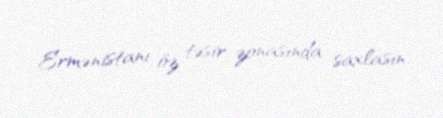
Ermənistanı öz təsir zonasında saxlasın.